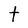
Character: t